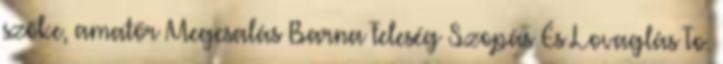
szőke, amatőr Megcsalás Barna Feleség Szopás És Lovaglás To.